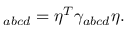
\O _ { a b c d } = \eta ^ { T } \gamma _ { a b c d } \eta .